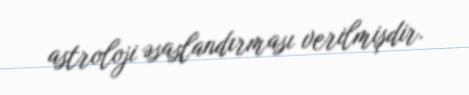
astroloji əsaslandırması verilmişdir.